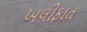
ખલીફાત